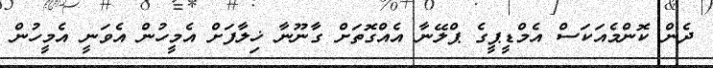
ދެން ކޮންމެއަކަސް އެމްޑީޕީގެ ޕްލޭނާ އެއްގޮތަށް ގާނޫނާ ޚިލާފަށް އެމީހުން އެވަނީ އެމީހުން